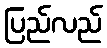
ပြည်လည်